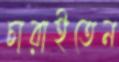
চারাইতেন